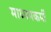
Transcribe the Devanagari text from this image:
माध्यमकर्मी